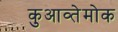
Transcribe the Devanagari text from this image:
कुआव्तेमोक